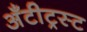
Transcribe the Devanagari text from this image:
अँटीट्रस्ट